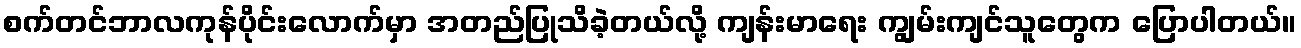
စက်တင်ဘာလကုန်ပိုင်းလောက်မှာ အတည်ပြုသိခဲ့တယ်လို့ ကျန်းမာရေး ကျွမ်းကျင်သူတွေက ပြောပါတယ်။